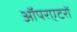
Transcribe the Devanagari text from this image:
ऑपरएटरों